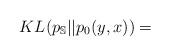
LaTeX: \begin{align*}KL(p_{\mathbb{S}}||p_{0}(y,x))=\end{align*}